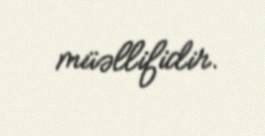
müəllifidir.